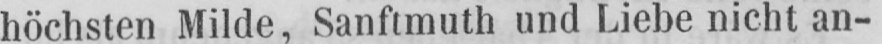
höchsten Milde, Sanftmuth und Liebe nicht an-